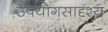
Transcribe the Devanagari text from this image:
उपयोगसादृश्य